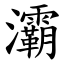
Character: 灞